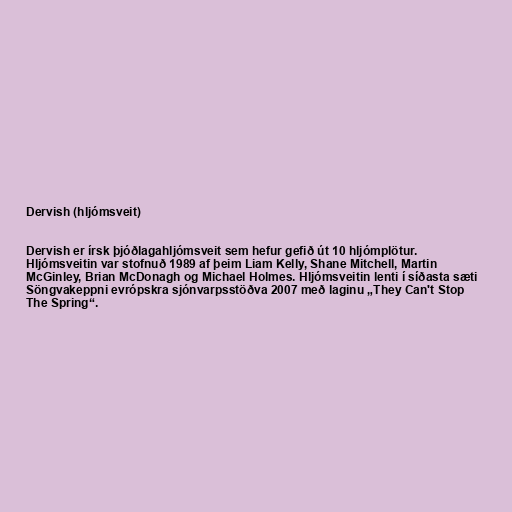
Dervish (hljómsveit)

Dervish er írsk þjóðlagahljómsveit sem hefur gefið út 10 hljómplötur.
Hljómsveitin var stofnuð 1989 af þeim Liam Kelly, Shane Mitchell, Martin
McGinley, Brian McDonagh og Michael Holmes. Hljómsveitin lenti í síðasta sæti
Söngvakeppni evrópskra sjónvarpsstöðva 2007 með laginu „They Can't Stop
The Spring“.